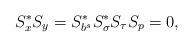
LaTeX: \begin{align*}S_x^*S_y=S_{b^s}^*S_{\sigma}^*S_\tau S_p=0,\end{align*}